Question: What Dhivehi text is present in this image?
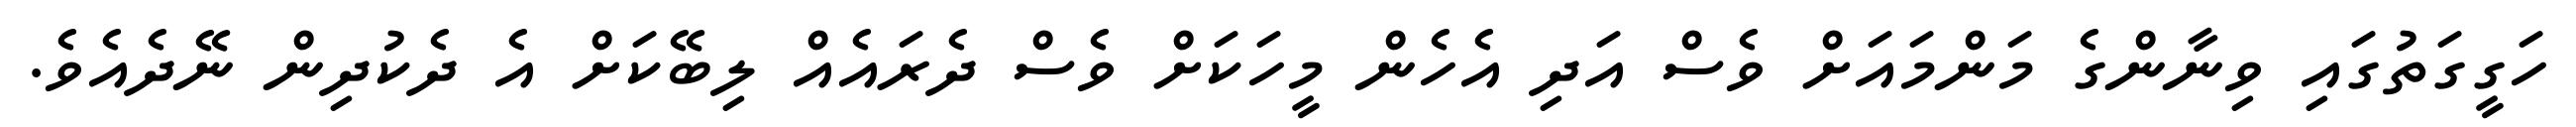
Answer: ހަގީގަތުގައި ވިނާންގެ މަންމައަށް ވެސް އަދި އެހެން މީހަކަށް ވެސް ދެރައެއް ލިބޭކަށް އެ ދެކުދިން ނޭދެއެވެ.